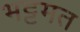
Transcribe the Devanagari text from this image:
भट्टमत